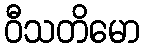
ဝီသတိမော